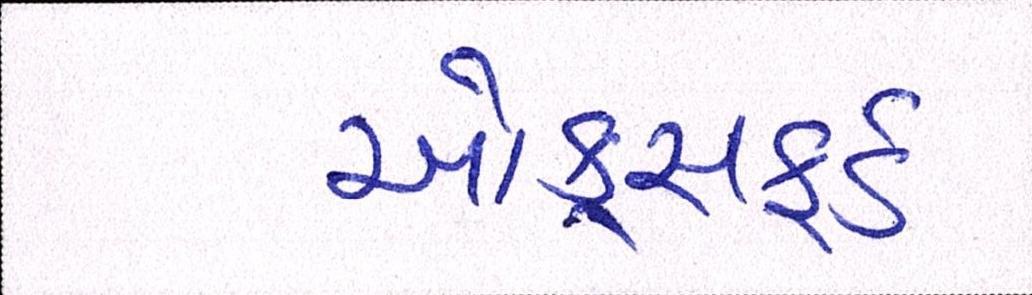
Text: ઓકસફર્ડ